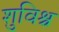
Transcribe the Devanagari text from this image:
शुविश्च